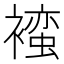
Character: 𬡯